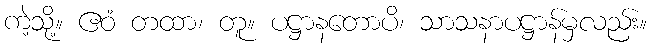
ကဲ့သို့။ ဧဝံ တထာ၊ တူ။ ပဋ္ဌာနတောပိ၊ သာသနာပဋ္ဌာန်မှလည်း။